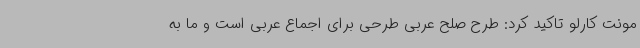
مونت کارلو تاکید کرد: طرح صلح عربی طرحی برای اجماع عربی است و ما به